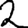
Digit: 2